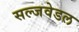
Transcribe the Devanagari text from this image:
सल्जवेडल